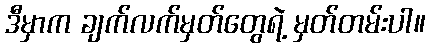
ဒီမှာက ချက်လက်မှတ်တွေရဲ့ မှတ်တမ်းပါ။